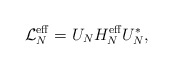
\begin{align*}\mathcal{L}^{\mathrm{eff}}_N= U_N H_N^\mathrm{eff} U_N^*,\end{align*}